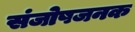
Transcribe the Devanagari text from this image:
संजोषजनक